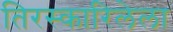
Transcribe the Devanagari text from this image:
तिरस्कारिलेला